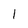
Character: 1